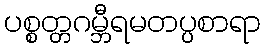
ပစ္စတ္တဂမ္ဘီရမတပ္ပစာရာ